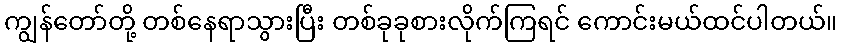
ကျွန်တော်တို့ တစ်နေရာသွားပြီး တစ်ခုခုစားလိုက်ကြရင် ကောင်းမယ်ထင်ပါတယ်။